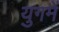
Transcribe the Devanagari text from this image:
युगमें